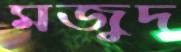
মজুদ